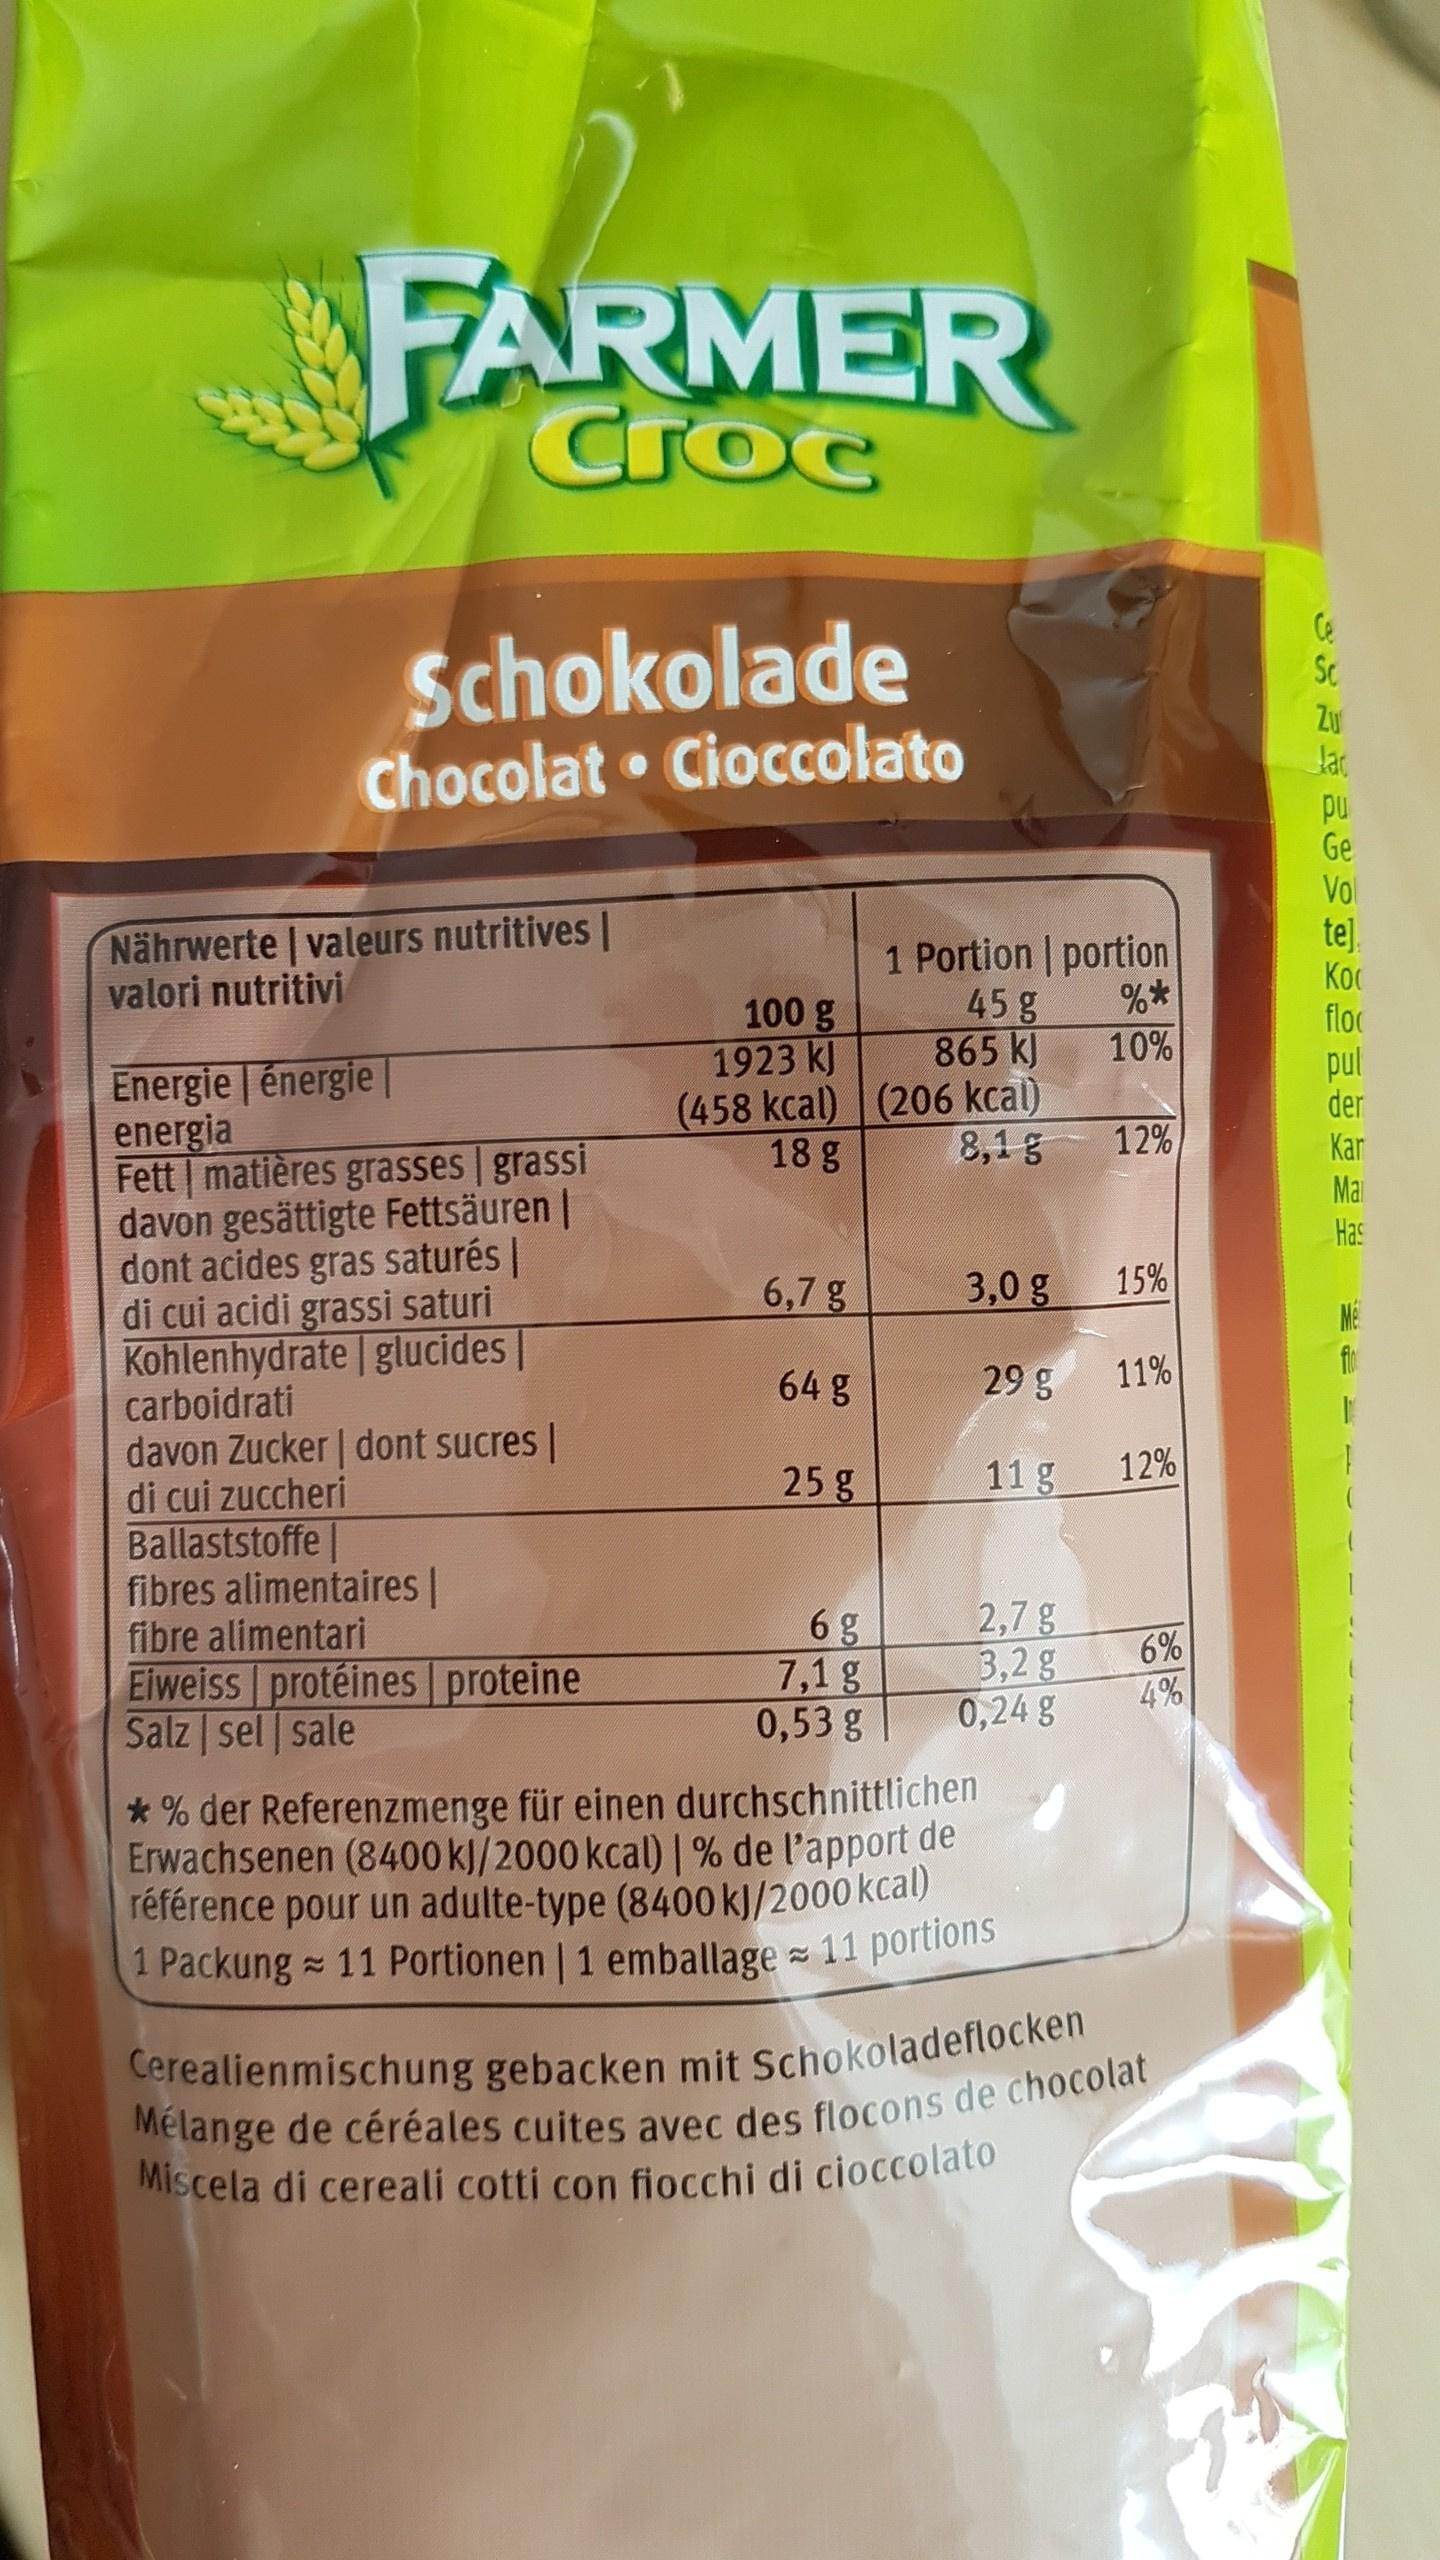
FARMER
Croc
Schokolade
Sc
Zu Jac
Chocolat Cioccolato
pu Ge Vol te]. Koc floc
Nährwerte | valeurs nutritives | valori nutritivi
1 Portion portion 45g 865 kJ
** 10%
100 g 1923 kJ (458 kcal) (206 kcal) 18 g
pul der
Energie énergie | energia Fett matières grasses grassi davon gesättigte Fettsäuren | dont acides gras saturés | di cui acidi grassi saturi Kohlenhydrate | glucides|| carboidrati davon Zucker | dont sucres | di cui zuccheri Ballaststoffe|| fibres alimentaires | fibre alimentari Eiweiss protéines proteine Salz sel sale
8,1 g
12%
Kar
Mai
Has
6,7 g
3,0 g
15%
64 g
29 g
11%
25 g
11 g
12%
6 g 7,1 g 0,53 g
2,7 g 3,2 g 0,24 g
6%
4%
*% der Referenzmenge für einen durchschnittlichen Erwachsenen (8400 kJ/2000 kcal) | % de l'apport de référence pour un adulte-type (8400 kJ/2000 kcal) 1 Packung 11 Portionen | 1 emballage 11 portions
Cerealienmischung gebacken mit Schokoladeflocken Mélange de céréales cuites avec des flocons de chocolat Miscela di cereali cotti con fiocchi di cioccolato